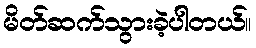
မိတ်ဆက်သွားခဲ့ပါတယ်။